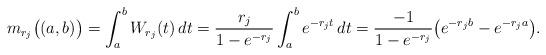
LaTeX: \begin{align*}m_{r_j}\big((a,b)\big) = \int^b_a W_{r_j}(t)\,dt = \frac{r_j}{1 - e^{-r_j}} \int^b_a e^{-r_j t}\,dt = \frac{-1}{1 - e^{-r_j}}\big(e^{-r_jb} - e^{-r_j a}\big).\end{align*}